Insane asylums in Bengal annual reports 1867-1875 - 1867-1875
Year: 1867
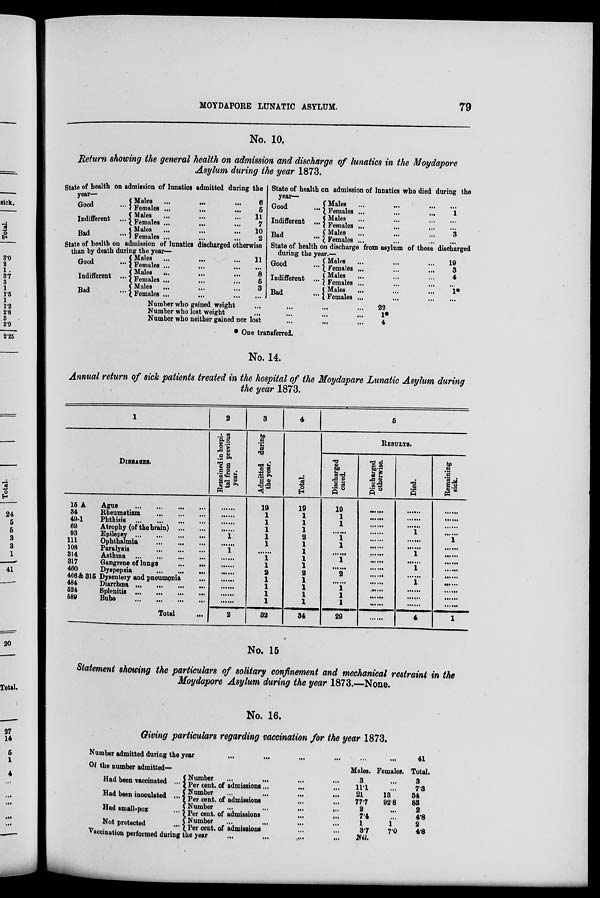
MOYDAPORE LUNATIC ASYLUM.
79
No. 10.
Return showing the general health on admission and discharge of lunatics in the Moydapore
Asylum during the year 1873.
State of health on admission of lunatics admitted during the
year—
Good ...
Indifferent ...
Bad ...
Males
...
...
...
Females
...
...
...
Males ... ... ...
Females ... ... ...
Males ... ... ...
Females ... ... ...
6
5
11
7
10
2
State of health on admission of lunatics discharged otherwise
than by death during the year—
Good ...
Indifferent ...
Bad ...
Males
...
...
...
Females ... ... ...
Males ... ... ...
Females ... ... ...
Males ... ... ...
Females ... ... ...
11
...
8
5
3
...
State of health on admission of lunatics who died during the
year.—
Good ...
Indifferent ...
Bad ...
Males ... ... ...
Females ... ... ...
Males ... ... ...
Females ... ... ...
Males ... ... ...
Females ... ... ...
...
1
...
...
3
...
State of health on discharge from asylum of those discharged
during the year.—
Good ...
Indifferent ...
Bad ...
Males ... ... ...
Females ... ... ...
Males ... ... ...
Females ... ... ...
Males ... ... ...
Females ... ... ...
19
3
4
...
1*
...
Number who gained weight ... ... ... ...
Number who lost weight ... ... ... ...
Number who neither gained nor lost ... ... ...
22
1*
4
* One transferred.
No. 14.
Annual return of sick patients treated in the hospital of the Moydapare Lunatic Asylum during
the year 1873.
1
DISEASES.
15 A
Ague
...
...
...
...
34
Rheumatism
...
...
...
49-1
Phthisis
...
...
...
...
69
Atrophy (of the brain)
...
...
93
Epilepsy
...
...
...
...
111
Ophthalmia
...
...
...
108
Paralysis
...
...
...
314
Asthma
...
...
...
...
317
Gangrene of lungs
...
...
460
Dyspepsia
...
...
...
466 & 315 Dysentery and pneumonia ...
484
Diarrhœa
...
...
...
...
524
Splenitis
...
...
...
...
589
Bubo
...
...
...
...
Total ...
2
Remained in hospi-
tal from previous
year.
......
......
......
......
1
......
1
......
......
......
......
......
......
......
2
3
Admitted during
the year.
19
1
1
1
1
1
......
1
1
2
1
1
1
1
32
4
Total.
19
1
1
1
2
1
1
1
1
2
1
1
1
1
34
5
RESULTS.
Discharged
cured.
19
1
1
......
1
1
......
1
......
2
......
1
1
1
29
Discharged
otherwise.
......
......
......
......
......
......
......
......
......
......
......
......
......
......
......
Died.
......
......
......
1
......
......
1
......
1
......
1
......
......
......
4
Remaining
sick.
......
......
......
......
1
......
......
......
......
......
......
......
......
......
1
No. 15
Statement showing the particulars of solitary confinement and mechanical restraint in the
Moydapore Asylum during the year 1873.—None.
No. 16.
Giving particulars regarding vaccination for the year 1873.
Number admitted during the year
...
...
...
...
...
...
Of the number admitted—
Had been vaccinated ...
Had been inoculated ...
Had small-pox ...
Not protected ...
Number ... ... ... ...
Per cent. of admissions... ... ...
Number
...
...
...
...
Per cent. of admissions ... ...
Number
...
...
...
...
Per cent. of admissions ... ...
Number ... ... ... ...
Per cent. of admissions ... ...
Vaccination performed during the year ... ... ... ...
Males.
3
11.1
21
77.7
2
7.4
1
3.7
Nil.
Females.
...
...
13
92.8
...
...
1
7.0
41
Total.
3
7.3
34
83
2
4.8
2
4.8